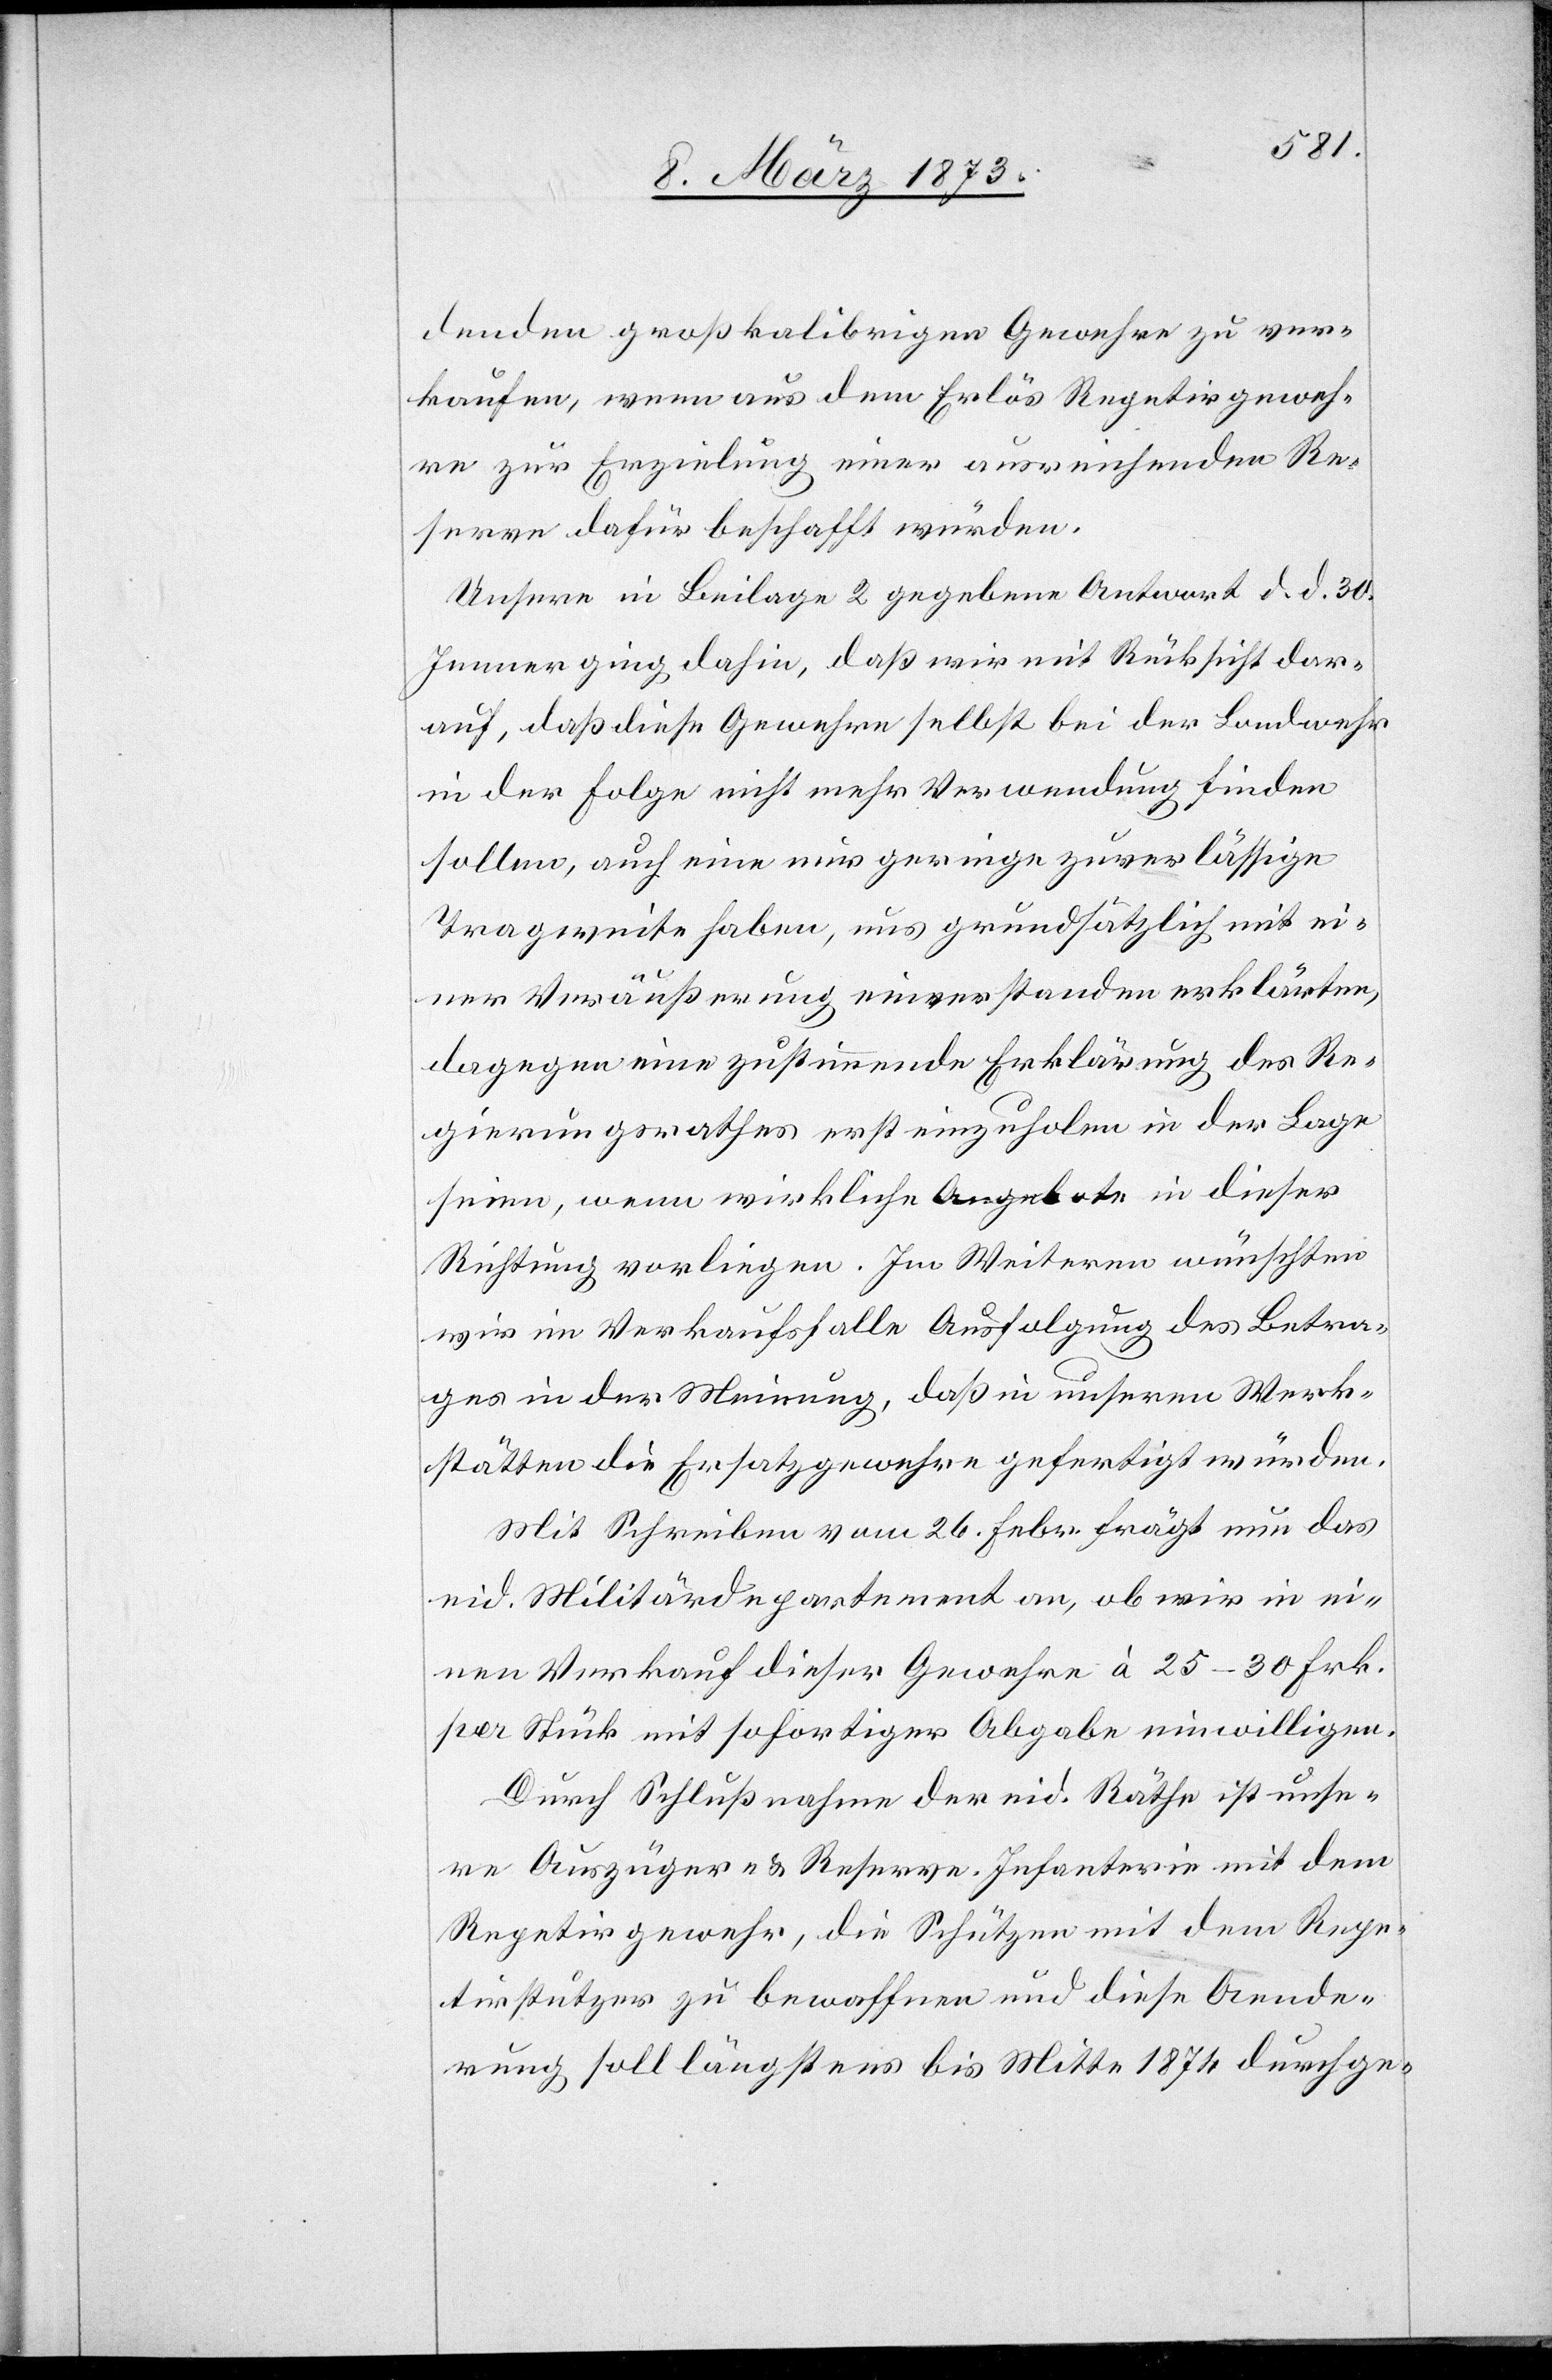
denden großkalibrigen Gewehre zu ver¬
kaufen, wenn aus dem Erlös Repetirgeweh¬
re zur Erzielung einer ausreichenden Re¬
serve dafür beschafft würden.
Unsere in Beilage 2 gegebene Antwort d. d. 30.
Jenner ging dahin, daß wir mit Rücksicht dar¬
auf, daß diese Gewehre selbst bei der Landwehr
in der Folge nicht mehr Verwendung finden
sollen, auch eine nur geringe zuverlässige
Tragweite haben, uns grundsätzlich mit ei¬
ner Veräußerung einverstanden erklärten,
dagegen eine zustimmende Erklärung des Re¬
gierungsrathes erst einzuholen in der Lage
seien, wenn wirkliche Angebote in dieser
Richtung vorliegen. Im Weiteren wünschten
wir im Verkaufsfalle Ausfolgung des Betra¬
ges in der Meinung, daß in unseren Werk¬
stätten die Ersatzgewehre gefertigt würden.
Mit Schreiben vom 26. Febr. frägt nun das
eid. Militärdepartement an, ob wir in ei¬
nen Verkauf dieser Gewehre à 25–30 Frk.
per Stück mit sofortiger Abgabe einwilligen.
Durch Schlußnahme der eid. Räthe ist unse¬
re Auszüger- u. Reserve-Infanterie mit dem
Repetirgewehr, die Schützen mit dem Repe¬
tirstutzer zu bewaffnen und diese Aende¬
rung soll längstens bis Mitte 1874 durchge-